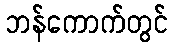
ဘန်ကောက်တွင်